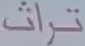
تراث